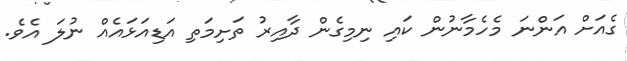
ގެއަށް އަންނަ މެހެމާނުން ކައި ނިމިގެން ދާއިރު ތަށިމަތި އަޑިއަޅައެއް ނުލަ އެވެ.